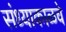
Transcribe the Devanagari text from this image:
संध्याकाळचे